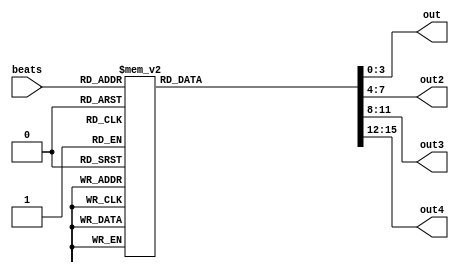
module grymg_melody(beats, out, out2, out3, out4);

input [7:0]beats;

output reg [3:0]out, out2, out3, out4;

always @ (*)
begin
	case(beats)
		8'd0:
		begin
			out 	= 4'd13;
			out2 	= 4'd0;
			out3 	= 4'd0;
			out4 	= 4'd0;
		end
		8'd1:
		begin
			out 	= 4'd1;
			out2 	= 4'd13;
			out3 	= 4'd0;
			out4 	= 4'd0;
		end
		8'd2:
		begin
			out 	= 4'd13;
			out2 	= 4'd1;
			out3 	= 4'd13;
			out4 	= 4'd0;
		end
		8'd3:
		begin
			out 	= 4'd1;
			out2 	= 4'd13;
			out3 	= 4'd1;
			out4 	= 4'd13;
		end
		8'd4:
		begin
			out 	= 4'd10;
			out2 	= 4'd1;
			out3 	= 4'd13;
			out4 	= 4'd1;
		end
		8'd5:
		begin
			out 	= 4'd1;
			out2 	= 4'd10;
			out3 	= 4'd1;
			out4 	= 4'd13;
		end
		8'd6:
		begin
			out 	= 4'd10;
			out2 	= 4'd1;
			out3 	= 4'd10;
			out4 	= 4'd1;
		end
		8'd7:
		begin
			out 	= 4'd1;
			out2 	= 4'd10;
			out3 	= 4'd1;
			out4 	= 4'd10;
		end
		8'd8:
		begin
			out 	= 4'd9;
			out2 	= 4'd1;
			out3 	= 4'd10;
			out4 	= 4'd1;
		end
		8'd9:
		begin
			out 	= 4'd1;
			out2 	= 4'd9;
			out3 	= 4'd1;
			out4 	= 4'd10;
		end
		8'd10:
		begin
			out 	= 4'd15;
			out2 	= 4'd1;
			out3 	= 4'd9;
			out4 	= 4'd1;
		end
		8'd11:
		begin
			out 	= 4'd1;
			out2 	= 4'd15;
			out3 	= 4'd1;
			out4 	= 4'd9;
		end
		8'd12:
		begin
			out 	= 4'd14;
			out2 	= 4'd1;
			out3 	= 4'd15;
			out4 	= 4'd1;
		end
		8'd13:
		begin
			out 	= 4'd1;
			out2 	= 4'd14;
			out3 	= 4'd1;
			out4 	= 4'd15;
		end
		8'd14:
		begin
			out 	= 4'd13;
			out2 	= 4'd1;
			out3 	= 4'd14;
			out4 	= 4'd1;
		end
		8'd15:
		begin
			out 	= 4'd1;
			out2 	= 4'd13;
			out3 	= 4'd1;
			out4 	= 4'd14;
		end
		8'd16:
		begin
			out 	= 4'd12;
			out2 	= 4'd1;
			out3 	= 4'd13;
			out4 	= 4'd1;
		end
		8'd17:
		begin
			out 	= 4'd1;
			out2 	= 4'd12;
			out3 	= 4'd1;
			out4 	= 4'd13;
		end
		8'd18:
		begin
			out 	= 4'd13;
			out2 	= 4'd1;
			out3 	= 4'd12;
			out4 	= 4'd1;
		end
		8'd19:
		begin
			out 	= 4'd1;
			out2 	= 4'd13;
			out3 	= 4'd1;
			out4 	= 4'd12;
		end
		8'd20:
		begin
			out 	= 4'd14;
			out2 	= 4'd1;
			out3 	= 4'd13;
			out4 	= 4'd1;
		end
		8'd21:
		begin
			out 	= 4'd1;
			out2 	= 4'd14;
			out3 	= 4'd1;
			out4 	= 4'd13;
		end
		8'd22:
		begin
			out 	= 4'd15;
			out2 	= 4'd1;
			out3 	= 4'd14;
			out4 	= 4'd1;
		end
		8'd23:
		begin
			out 	= 4'd1;
			out2 	= 4'd15;
			out3 	= 4'd1;
			out4 	= 4'd14;
		end
		8'd24:
		begin
			out 	= 4'd9;
			out2 	= 4'd1;
			out3 	= 4'd15;
			out4 	= 4'd1;
		end
		8'd25:
		begin
			out 	= 4'd1;
			out2 	= 4'd9;
			out3 	= 4'd1;
			out4 	= 4'd15;
		end
		8'd26:
		begin
			out 	= 4'd10;
			out2 	= 4'd1;
			out3 	= 4'd9;
			out4 	= 4'd1;
		end
		8'd27:
		begin
			out 	= 4'd1;
			out2 	= 4'd10;
			out3 	= 4'd1;
			out4 	= 4'd9;
		end
		8'd28:
		begin
			out 	= 4'd1;
			out2 	= 4'd1;
			out3 	= 4'd10;
			out4 	= 4'd1;
		end
		8'd29:
		begin
			out 	= 4'd1;
			out2 	= 4'd1;
			out3 	= 4'd1;
			out4 	= 4'd10;
		end
		8'd30:
		begin
			out 	= 4'd1;
			out2 	= 4'd1;
			out3 	= 4'd1;
			out4 	= 4'd1;
		end
		8'd31:
		begin
			out 	= 4'd1;
			out2 	= 4'd1;
			out3 	= 4'd1;
			out4 	= 4'd1;
		end
		8'd32:
		begin
			out 	= 4'd13;
			out2 	= 4'd1;
			out3 	= 4'd1;
			out4 	= 4'd1;
		end
		8'd33:
		begin
			out 	= 4'd1;
			out2 	= 4'd13;
			out3 	= 4'd1;
			out4 	= 4'd1;
		end
		8'd34:
		begin
			out 	= 4'd13;
			out2 	= 4'd1;
			out3 	= 4'd13;
			out4 	= 4'd1;
		end
		8'd35:
		begin
			out 	= 4'd1;
			out2 	= 4'd13;
			out3 	= 4'd1;
			out4 	= 4'd13;
		end
		8'd36:
		begin
			out 	= 4'd10;
			out2 	= 4'd1;
			out3 	= 4'd13;
			out4 	= 4'd1;
		end
		8'd37:
		begin
			out 	= 4'd1;
			out2 	= 4'd10;
			out3 	= 4'd1;
			out4 	= 4'd13;
		end
		8'd38:
		begin
			out 	= 4'd10;
			out2 	= 4'd1;
			out3 	= 4'd10;
			out4 	= 4'd1;
		end
		8'd39:
		begin
			out 	= 4'd1;
			out2 	= 4'd10;
			out3 	= 4'd1;
			out4 	= 4'd10;
		end
		8'd40:
		begin
			out 	= 4'd9;
			out2 	= 4'd1;
			out3 	= 4'd10;
			out4 	= 4'd1;
		end
		8'd41:
		begin
			out 	= 4'd1;
			out2 	= 4'd9;
			out3 	= 4'd1;
			out4 	= 4'd10;
		end
		8'd42:
		begin
			out 	= 4'd15;
			out2 	= 4'd1;
			out3 	= 4'd9;
			out4 	= 4'd1;
		end
		8'd43:
		begin
			out 	= 4'd1;
			out2 	= 4'd15;
			out3 	= 4'd1;
			out4 	= 4'd9;
		end
		8'd44:
		begin
			out 	= 4'd14;
			out2 	= 4'd1;
			out3 	= 4'd15;
			out4 	= 4'd1;
		end
		8'd45:
		begin
			out 	= 4'd1;
			out2 	= 4'd14;
			out3 	= 4'd1;
			out4 	= 4'd15;
		end
		8'd46:
		begin
			out 	= 4'd13;
			out2 	= 4'd1;
			out3 	= 4'd14;
			out4 	= 4'd1;
		end
		8'd47:
		begin
			out 	= 4'd1;
			out2 	= 4'd13;
			out3 	= 4'd1;
			out4 	= 4'd14;
		end
		8'd48:
		begin
			out 	= 4'd12;
			out2 	= 4'd1;
			out3 	= 4'd13;
			out4 	= 4'd1;
		end
		8'd49:
		begin
			out 	= 4'd1;
			out2 	= 4'd12;
			out3 	= 4'd1;
			out4 	= 4'd13;
		end
		8'd50:
		begin
			out 	= 4'd13;
			out2 	= 4'd1;
			out3 	= 4'd12;
			out4 	= 4'd1;
		end
		8'd51:
		begin
			out 	= 4'd1;
			out2 	= 4'd13;
			out3 	= 4'd1;
			out4 	= 4'd12;
		end
		8'd52:
		begin
			out 	= 4'd14;
			out2 	= 4'd1;
			out3 	= 4'd13;
			out4 	= 4'd1;
		end
		8'd53:
		begin
			out 	= 4'd1;
			out2 	= 4'd14;
			out3 	= 4'd1;
			out4 	= 4'd13;
		end
		8'd54:
		begin
			out 	= 4'd15;
			out2 	= 4'd1;
			out3 	= 4'd14;
			out4 	= 4'd1;
		end
		8'd55:
		begin
			out 	= 4'd1;
			out2 	= 4'd15;
			out3 	= 4'd1;
			out4 	= 4'd14;
		end
		8'd56:
		begin
			out 	= 4'd9;
			out2 	= 4'd1;
			out3 	= 4'd15;
			out4 	= 4'd1;
		end
		8'd57:
		begin
			out 	= 4'd1;
			out2 	= 4'd9;
			out3 	= 4'd1;
			out4 	= 4'd15;
		end
		8'd58:
		begin
			out 	= 4'd10;
			out2 	= 4'd1;
			out3 	= 4'd9;
			out4 	= 4'd1;
		end
		8'd59:
		begin
			out 	= 4'd1;
			out2 	= 4'd10;
			out3 	= 4'd1;
			out4 	= 4'd9;
		end
		8'd60:
		begin
			out 	= 4'd1;
			out2 	= 4'd1;
			out3 	= 4'd10;
			out4 	= 4'd1;
		end
		8'd61:
		begin
			out 	= 4'd1;
			out2 	= 4'd1;
			out3 	= 4'd1;
			out4 	= 4'd10;
		end
		8'd62:
		begin
			out 	= 4'd1;
			out2 	= 4'd1;
			out3 	= 4'd1;
			out4 	= 4'd1;
		end
		8'd63:
		begin
			out 	= 4'd1;
			out2 	= 4'd1;
			out3 	= 4'd1;
			out4 	= 4'd1;
		end
		8'd64:
		begin
			out 	= 4'd10;
			out2 	= 4'd1;
			out3 	= 4'd1;
			out4 	= 4'd1;
		end
		8'd65:
		begin
			out 	= 4'd1;
			out2 	= 4'd10;
			out3 	= 4'd1;
			out4 	= 4'd1;
		end
		8'd66:
		begin
			out 	= 4'd7;
			out2 	= 4'd1;
			out3 	= 4'd10;
			out4 	= 4'd1;
		end
		8'd67:
		begin
			out 	= 4'd1;
			out2 	= 4'd7;
			out3 	= 4'd1;
			out4 	= 4'd10;
		end
		8'd68:
		begin
			out 	= 4'd9;
			out2 	= 4'd1;
			out3 	= 4'd7;
			out4 	= 4'd1;
		end
		8'd69:
		begin
			out 	= 4'd1;
			out2 	= 4'd9;
			out3 	= 4'd1;
			out4 	= 4'd7;
		end
		8'd70:
		begin
			out 	= 4'd10;
			out2 	= 4'd1;
			out3 	= 4'd9;
			out4 	= 4'd1;
		end
		8'd71:
		begin
			out 	= 4'd1;
			out2 	= 4'd10;
			out3 	= 4'd1;
			out4 	= 4'd9;
		end
		8'd72:
		begin
			out 	= 4'd7;
			out2 	= 4'd1;
			out3 	= 4'd10;
			out4 	= 4'd1;
		end
		8'd73:
		begin
			out 	= 4'd1;
			out2 	= 4'd7;
			out3 	= 4'd1;
			out4 	= 4'd10;
		end
		8'd74:
		begin
			out 	= 4'd12;
			out2 	= 4'd1;
			out3 	= 4'd7;
			out4 	= 4'd1;
		end
		8'd75:
		begin
			out 	= 4'd1;
			out2 	= 4'd12;
			out3 	= 4'd1;
			out4 	= 4'd7;
		end
		8'd76:
		begin
			out 	= 4'd13;
			out2 	= 4'd1;
			out3 	= 4'd12;
			out4 	= 4'd1;
		end
		8'd77:
		begin
			out 	= 4'd1;
			out2 	= 4'd13;
			out3 	= 4'd1;
			out4 	= 4'd12;
		end
		8'd78:
		begin
			out 	= 4'd10;
			out2 	= 4'd1;
			out3 	= 4'd13;
			out4 	= 4'd1;
		end
		8'd79:
		begin
			out 	= 4'd1;
			out2 	= 4'd10;
			out3 	= 4'd1;
			out4 	= 4'd13;
		end
		8'd80:
		begin
			out 	= 4'd9;
			out2 	= 4'd1;
			out3 	= 4'd10;
			out4 	= 4'd1;
		end
		8'd81:
		begin
			out 	= 4'd1;
			out2 	= 4'd9;
			out3 	= 4'd1;
			out4 	= 4'd10;
		end
		8'd82:
		begin
			out 	= 4'd15;
			out2 	= 4'd1;
			out3 	= 4'd9;
			out4 	= 4'd1;
		end
		8'd83:
		begin
			out 	= 4'd1;
			out2 	= 4'd15;
			out3 	= 4'd1;
			out4 	= 4'd9;
		end
		8'd84:
		begin
			out 	= 4'd13;
			out2 	= 4'd1;
			out3 	= 4'd15;
			out4 	= 4'd1;
		end
		8'd85:
		begin
			out 	= 4'd1;
			out2 	= 4'd13;
			out3 	= 4'd1;
			out4 	= 4'd15;
		end
		8'd86:
		begin
			out 	= 4'd14;
			out2 	= 4'd1;
			out3 	= 4'd13;
			out4 	= 4'd1;
		end
		8'd87:
		begin
			out 	= 4'd1;
			out2 	= 4'd14;
			out3 	= 4'd1;
			out4 	= 4'd13;
		end
		8'd88:
		begin
			out 	= 4'd15;
			out2 	= 4'd1;
			out3 	= 4'd14;
			out4 	= 4'd1;
		end
		8'd89:
		begin
			out 	= 4'd1;
			out2 	= 4'd15;
			out3 	= 4'd1;
			out4 	= 4'd14;
		end
		8'd90:
		begin
			out 	= 4'd9;
			out2 	= 4'd1;
			out3 	= 4'd15;
			out4 	= 4'd1;
		end
		8'd91:
		begin
			out 	= 4'd1;
			out2 	= 4'd9;
			out3 	= 4'd1;
			out4 	= 4'd15;
		end
		8'd92:
		begin
			out 	= 4'd1;
			out2 	= 4'd1;
			out3 	= 4'd9;
			out4 	= 4'd1;
		end
		8'd93:
		begin
			out 	= 4'd1;
			out2 	= 4'd1;
			out3 	= 4'd1;
			out4 	= 4'd9;
		end
		8'd94:
		begin
			out 	= 4'd15;
			out2 	= 4'd1;
			out3 	= 4'd1;
			out4 	= 4'd1;
		end
		8'd95:
		begin
			out 	= 4'd1;
			out2 	= 4'd15;
			out3 	= 4'd1;
			out4 	= 4'd1;
		end
		8'd96:
		begin
			out 	= 4'd9;
			out2 	= 4'd1;
			out3 	= 4'd15;
			out4 	= 4'd1;
		end
		8'd97:
		begin
			out 	= 4'd1;
			out2 	= 4'd9;
			out3 	= 4'd1;
			out4 	= 4'd15;
		end
		8'd98:
		begin
			out 	= 4'd10;
			out2 	= 4'd1;
			out3 	= 4'd9;
			out4 	= 4'd1;
		end
		8'd99:
		begin
			out 	= 4'd1;
			out2 	= 4'd10;
			out3 	= 4'd1;
			out4 	= 4'd9;
		end
		8'd100:
		begin
			out 	= 4'd1;
			out2 	= 4'd1;
			out3 	= 4'd10;
			out4 	= 4'd1;
		end
		8'd101:
		begin
			out 	= 4'd1;
			out2 	= 4'd1;
			out3 	= 4'd1;
			out4 	= 4'd10;
		end
		8'd102:
		begin
			out 	= 4'd7;
			out2 	= 4'd1;
			out3 	= 4'd1;
			out4 	= 4'd1;
		end
		8'd103:
		begin
			out 	= 4'd1;
			out2 	= 4'd7;
			out3 	= 4'd1;
			out4 	= 4'd1;
		end
		8'd104:
		begin
			out 	= 4'd10;
			out2 	= 4'd1;
			out3 	= 4'd7;
			out4 	= 4'd1;
		end
		8'd105:
		begin
			out 	= 4'd1;
			out2 	= 4'd10;
			out3 	= 4'd1;
			out4 	= 4'd7;
		end
		8'd106:
		begin
			out 	= 4'd10;
			out2 	= 4'd1;
			out3 	= 4'd10;
			out4 	= 4'd1;
		end
		8'd107:
		begin
			out 	= 4'd1;
			out2 	= 4'd10;
			out3 	= 4'd1;
			out4 	= 4'd10;
		end
		8'd108:
		begin
			out 	= 4'd9;
			out2 	= 4'd1;
			out3 	= 4'd10;
			out4 	= 4'd1;
		end
		8'd109:
		begin
			out 	= 4'd1;
			out2 	= 4'd9;
			out3 	= 4'd1;
			out4 	= 4'd10;
		end
		8'd110:
		begin
			out 	= 4'd15;
			out2 	= 4'd1;
			out3 	= 4'd9;
			out4 	= 4'd1;
		end
		8'd111:
		begin
			out 	= 4'd1;
			out2 	= 4'd15;
			out3 	= 4'd1;
			out4 	= 4'd9;
		end
		8'd112:
		begin
			out 	= 4'd14;
			out2 	= 4'd1;
			out3 	= 4'd15;
			out4 	= 4'd1;
		end
		8'd113:
		begin
			out 	= 4'd1;
			out2 	= 4'd14;
			out3 	= 4'd1;
			out4 	= 4'd15;
		end
		8'd114:
		begin
			out 	= 4'd13;
			out2 	= 4'd1;
			out3 	= 4'd14;
			out4 	= 4'd1;
		end
		8'd115:
		begin
			out 	= 4'd1;
			out2 	= 4'd13;
			out3 	= 4'd1;
			out4 	= 4'd14;
		end
		8'd116:
		begin
			out 	= 4'd1;
			out2 	= 4'd1;
			out3 	= 4'd13;
			out4 	= 4'd1;
		end
		8'd117:
		begin
			out 	= 4'd1;
			out2 	= 4'd1;
			out3 	= 4'd1;
			out4 	= 4'd13;
		end
		8'd118:
		begin
			out 	= 4'd15;
			out2 	= 4'd1;
			out3 	= 4'd1;
			out4 	= 4'd1;
		end
		8'd119:
		begin
			out 	= 4'd14;
			out2 	= 4'd15;
			out3 	= 4'd1;
			out4 	= 4'd1;
		end
		8'd120:
		begin
			out 	= 4'd13;
			out2 	= 4'd14;
			out3 	= 4'd15;
			out4 	= 4'd1;
		end
		8'd121:
		begin
			out 	= 4'd1;
			out2 	= 4'd13;
			out3 	= 4'd14;
			out4 	= 4'd15;
		end
		8'd122:
		begin
			out 	= 4'd9;
			out2 	= 4'd1;
			out3 	= 4'd13;
			out4 	= 4'd14;
		end
		8'd123:
		begin
			out 	= 4'd1;
			out2 	= 4'd9;
			out3 	= 4'd1;
			out4 	= 4'd13;
		end
		8'd124:
		begin
			out 	= 4'd1;
			out2 	= 4'd1;
			out3 	= 4'd9;
			out4 	= 4'd1;
		end
		8'd125:
		begin
			out 	= 4'd1;
			out2 	= 4'd1;
			out3 	= 4'd1;
			out4 	= 4'd9;
		end
		8'd126:
		begin
			out 	= 4'd15;
			out2 	= 4'd1;
			out3 	= 4'd1;
			out4 	= 4'd1;
		end
		8'd127:
		begin
			out 	= 4'd1;
			out2 	= 4'd15;
			out3 	= 4'd1;
			out4 	= 4'd1;
		end
		8'd128:
		begin
			out 	= 4'd9;
			out2 	= 4'd1;
			out3 	= 4'd15;
			out4 	= 4'd1;
		end
		8'd129:
		begin
			out 	= 4'd1;
			out2 	= 4'd9;
			out3 	= 4'd1;
			out4 	= 4'd15;
		end
		8'd130:
		begin
			out 	= 4'd10;
			out2 	= 4'd1;
			out3 	= 4'd9;
			out4 	= 4'd1;
		end
		8'd131:
		begin
			out 	= 4'd1;
			out2 	= 4'd10;
			out3 	= 4'd1;
			out4 	= 4'd9;
		end
		8'd132:
		begin
			out 	= 4'd7;
			out2 	= 4'd1;
			out3 	= 4'd10;
			out4 	= 4'd1;
		end
		8'd133:
		begin
			out 	= 4'd1;
			out2 	= 4'd7;
			out3 	= 4'd1;
			out4 	= 4'd10;
		end
		8'd134:
		begin
			out 	= 4'd12;
			out2 	= 4'd1;
			out3 	= 4'd7;
			out4 	= 4'd1;
		end
		8'd135:
		begin
			out 	= 4'd1;
			out2 	= 4'd12;
			out3 	= 4'd1;
			out4 	= 4'd7;
		end
		8'd136:
		begin
			out 	= 4'd13;
			out2 	= 4'd1;
			out3 	= 4'd12;
			out4 	= 4'd1;
		end
		8'd137:
		begin
			out 	= 4'd1;
			out2 	= 4'd13;
			out3 	= 4'd1;
			out4 	= 4'd12;
		end
		8'd138:
		begin
			out 	= 4'd10;
			out2 	= 4'd1;
			out3 	= 4'd13;
			out4 	= 4'd1;
		end
		8'd139:
		begin
			out 	= 4'd1;
			out2 	= 4'd10;
			out3 	= 4'd1;
			out4 	= 4'd13;
		end
		8'd140:
		begin
			out 	= 4'd9;
			out2 	= 4'd1;
			out3 	= 4'd10;
			out4 	= 4'd1;
		end
		8'd141:
		begin
			out 	= 4'd1;
			out2 	= 4'd9;
			out3 	= 4'd1;
			out4 	= 4'd10;
		end
		8'd142:
		begin
			out 	= 4'd15;
			out2 	= 4'd1;
			out3 	= 4'd9;
			out4 	= 4'd1;
		end
		8'd143:
		begin
			out 	= 4'd1;
			out2 	= 4'd15;
			out3 	= 4'd1;
			out4 	= 4'd9;
		end
		8'd144:
		begin
			out 	= 4'd14;
			out2 	= 4'd1;
			out3 	= 4'd15;
			out4 	= 4'd1;
		end
		8'd145:
		begin
			out 	= 4'd1;
			out2 	= 4'd14;
			out3 	= 4'd1;
			out4 	= 4'd15;
		end
		8'd146:
		begin
			out 	= 4'd13;
			out2 	= 4'd1;
			out3 	= 4'd14;
			out4 	= 4'd1;
		end
		8'd147:
		begin
			out 	= 4'd1;
			out2 	= 4'd13;
			out3 	= 4'd1;
			out4 	= 4'd14;
		end
		8'd148:
		begin
			out 	= 4'd1;
			out2 	= 4'd1;
			out3 	= 4'd13;
			out4 	= 4'd1;
		end
		8'd149:
		begin
			out 	= 4'd1;
			out2 	= 4'd1;
			out3 	= 4'd1;
			out4 	= 4'd13;
		end
		8'd150:
		begin
			out 	= 4'd13;
			out2 	= 4'd1;
			out3 	= 4'd1;
			out4 	= 4'd1;
		end
		8'd151:
		begin
			out 	= 4'd1;
			out2 	= 4'd13;
			out3 	= 4'd1;
			out4 	= 4'd1;
		end
		8'd152:
		begin
			out 	= 4'd14;
			out2 	= 4'd1;
			out3 	= 4'd13;
			out4 	= 4'd1;
		end
		8'd153:
		begin
			out 	= 4'd1;
			out2 	= 4'd14;
			out3 	= 4'd1;
			out4 	= 4'd13;
		end
		8'd154:
		begin
			out 	= 4'd13;
			out2 	= 4'd1;
			out3 	= 4'd14;
			out4 	= 4'd1;
		end
		8'd155:
		begin
			out 	= 4'd1;
			out2 	= 4'd13;
			out3 	= 4'd1;
			out4 	= 4'd14;
		end
		8'd156:
		begin
			out 	= 4'd1;
			out2 	= 4'd1;
			out3 	= 4'd13;
			out4 	= 4'd1;
		end
		8'd157:
		begin
			out 	= 4'd1;
			out2 	= 4'd1;
			out3 	= 4'd1;
			out4 	= 4'd13;
		end
		8'd158:
		begin
			out 	= 4'd1;
			out2 	= 4'd1;
			out3 	= 4'd1;
			out4 	= 4'd1;
		end
		8'd159:
		begin
			out 	= 4'd1;
			out2 	= 4'd1;
			out3 	= 4'd1;
			out4 	= 4'd1;
		end
		8'd160:
		begin
			out 	= 4'd0;
			out2 	= 4'd1;
			out3 	= 4'd1;
			out4 	= 4'd1;
		end
		8'd161:
		begin
			out 	= 4'd0;
			out2 	= 4'd0;
			out3 	= 4'd1;
			out4 	= 4'd1;
		end
		8'd162:
		begin
			out 	= 4'd0;
			out2 	= 4'd0;
			out3 	= 4'd0;
			out4 	= 4'd1;
		end
		8'd163:
		begin
			out 	= 4'd0;
			out2 	= 4'd0;
			out3 	= 4'd0;
			out4 	= 4'd0;
		end
		8'd164:
		begin
			out 	= 4'd0;
			out2 	= 4'd0;
			out3 	= 4'd0;
			out4 	= 4'd0;
		end
		8'd165:
		begin
			out 	= 4'd0;
			out2 	= 4'd0;
			out3 	= 4'd0;
			out4 	= 4'd0;
		end
		8'd166:
		begin
			out 	= 4'd0;
			out2 	= 4'd0;
			out3 	= 4'd0;
			out4 	= 4'd0;
		end
		8'd167:
		begin
			out 	= 4'd0;
			out2 	= 4'd0;
			out3 	= 4'd0;
			out4 	= 4'd0;
		end
		default:
		begin
			out 	= 4'd0;
			out2 	= 4'd0;
			out3 	= 4'd0;
			out4 	= 4'd0;
		end
	endcase
end
endmodule